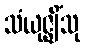
သံယုဇ္ဈိံသု